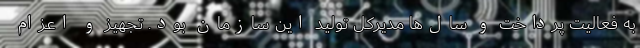
به فعالیت پرداخت و سال‌ها مدیرکل تولید این سازمان بود. تجهیز و اعزام